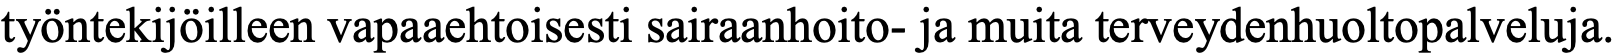
työntekijöilleen vapaaehtoisesti sairaanhoito- ja muita terveydenhuoltopalveluja.